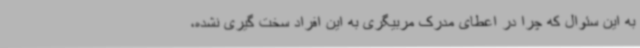
به این سئوال که چرا در اعطای مدرک مربیگری به این افراد سخت گیری نشده،